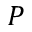
P